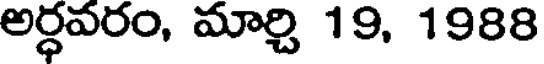
అర్ధవరం, మార్చి 19, 1988